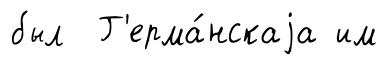
был Г'ерма́нскаjа им